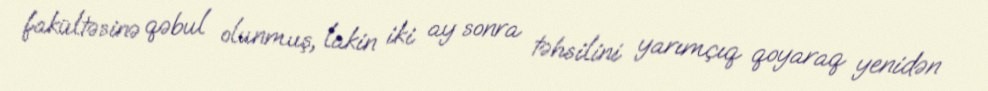
fakültəsinə qəbul olunmuş, lakin iki ay sonra təhsilini yarımçıq qoyaraq yenidən